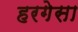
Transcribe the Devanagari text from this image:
हरगेसा